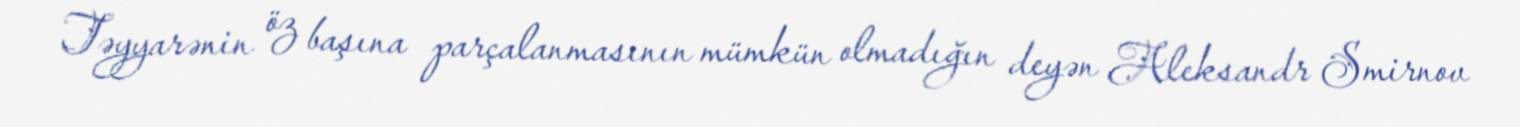
Təyyarənin öz başına parçalanmasının mümkün olmadığın deyən Aleksandr Smirnov